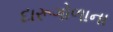
દારૂગોળાના